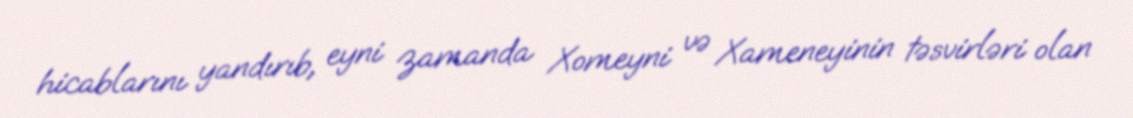
hicablarını yandırıb, eyni zamanda Xomeyni və Xameneyinin təsvirləri olan